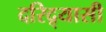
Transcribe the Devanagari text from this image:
दरिद्र्यासी